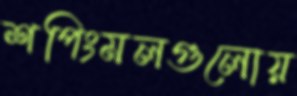
শপিংমলগুলোয়